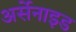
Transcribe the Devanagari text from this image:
अर्सेनाइड